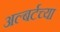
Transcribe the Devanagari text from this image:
अल्बर्टच्या